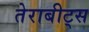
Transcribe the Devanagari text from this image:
तेराबीट्स